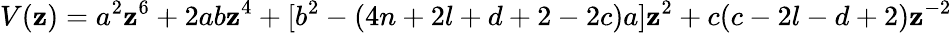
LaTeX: V(\mathbf{z})=a^{2}\mathbf{z}^{6}+2ab\mathbf{z}^{4}+[b^{2}-(4n+2l+d+2-2c)a]\mathbf{z}^{2}+c(c-2l-d+2)\mathbf{z}^{-2}